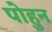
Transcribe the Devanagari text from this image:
पोहुन